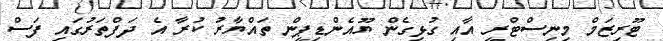
ޓޫރިޒަމް މިނިސްޓްރީ އާއި ގުޅިގެން ޔޫއެންޑިޕީން ތައްޔާރު ކުރާ އެ ދަފްތަރުގައި ފަސް